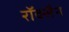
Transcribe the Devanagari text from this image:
रॉक्सैन